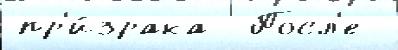
пр'и́зрака  Посл'е